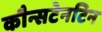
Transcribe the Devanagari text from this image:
कौन्सटेनटिन